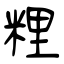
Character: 粴